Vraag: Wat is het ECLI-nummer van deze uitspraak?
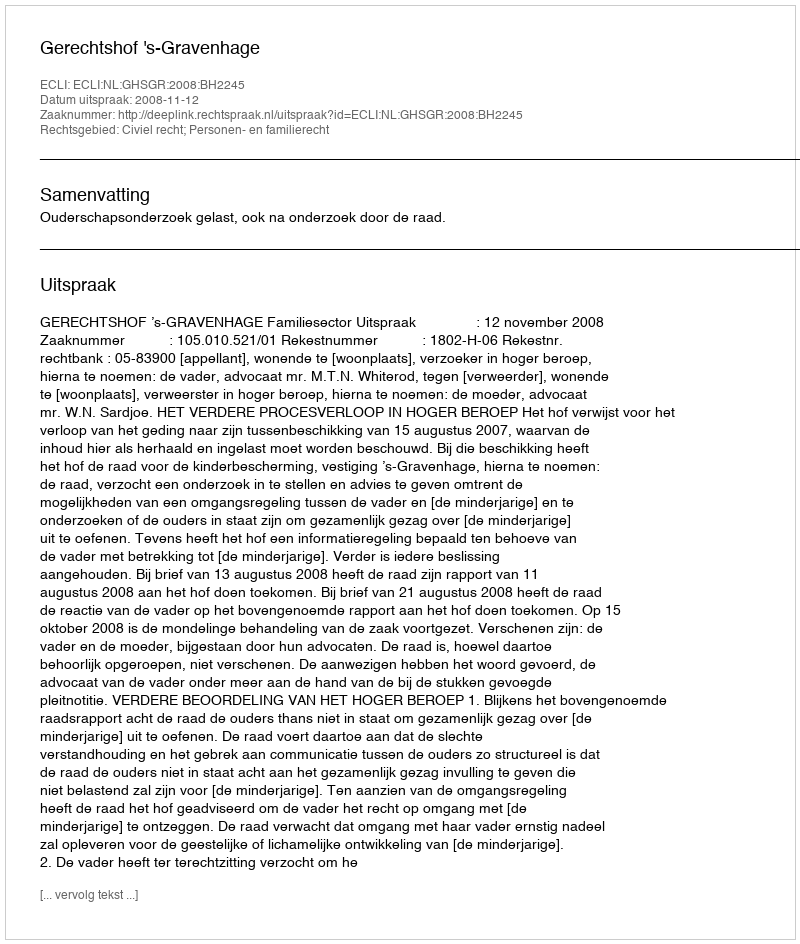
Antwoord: ECLI:NL:GHSGR:2008:BH2245